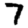
Digit: 7